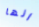
انها